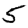
Digit: 5